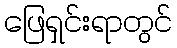
ဖြေရှင်းရာတွင်